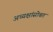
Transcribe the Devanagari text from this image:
अध्यक्षांसोबत